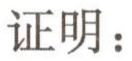
证明：